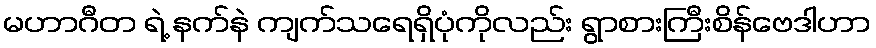
မဟာဂီတ ရဲ့ နက်နဲ ကျက်သရေရှိပုံကိုလည်း ရွာစားကြီးစိန်ဗေဒါဟာ